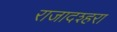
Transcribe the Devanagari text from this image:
राजादश्हरा